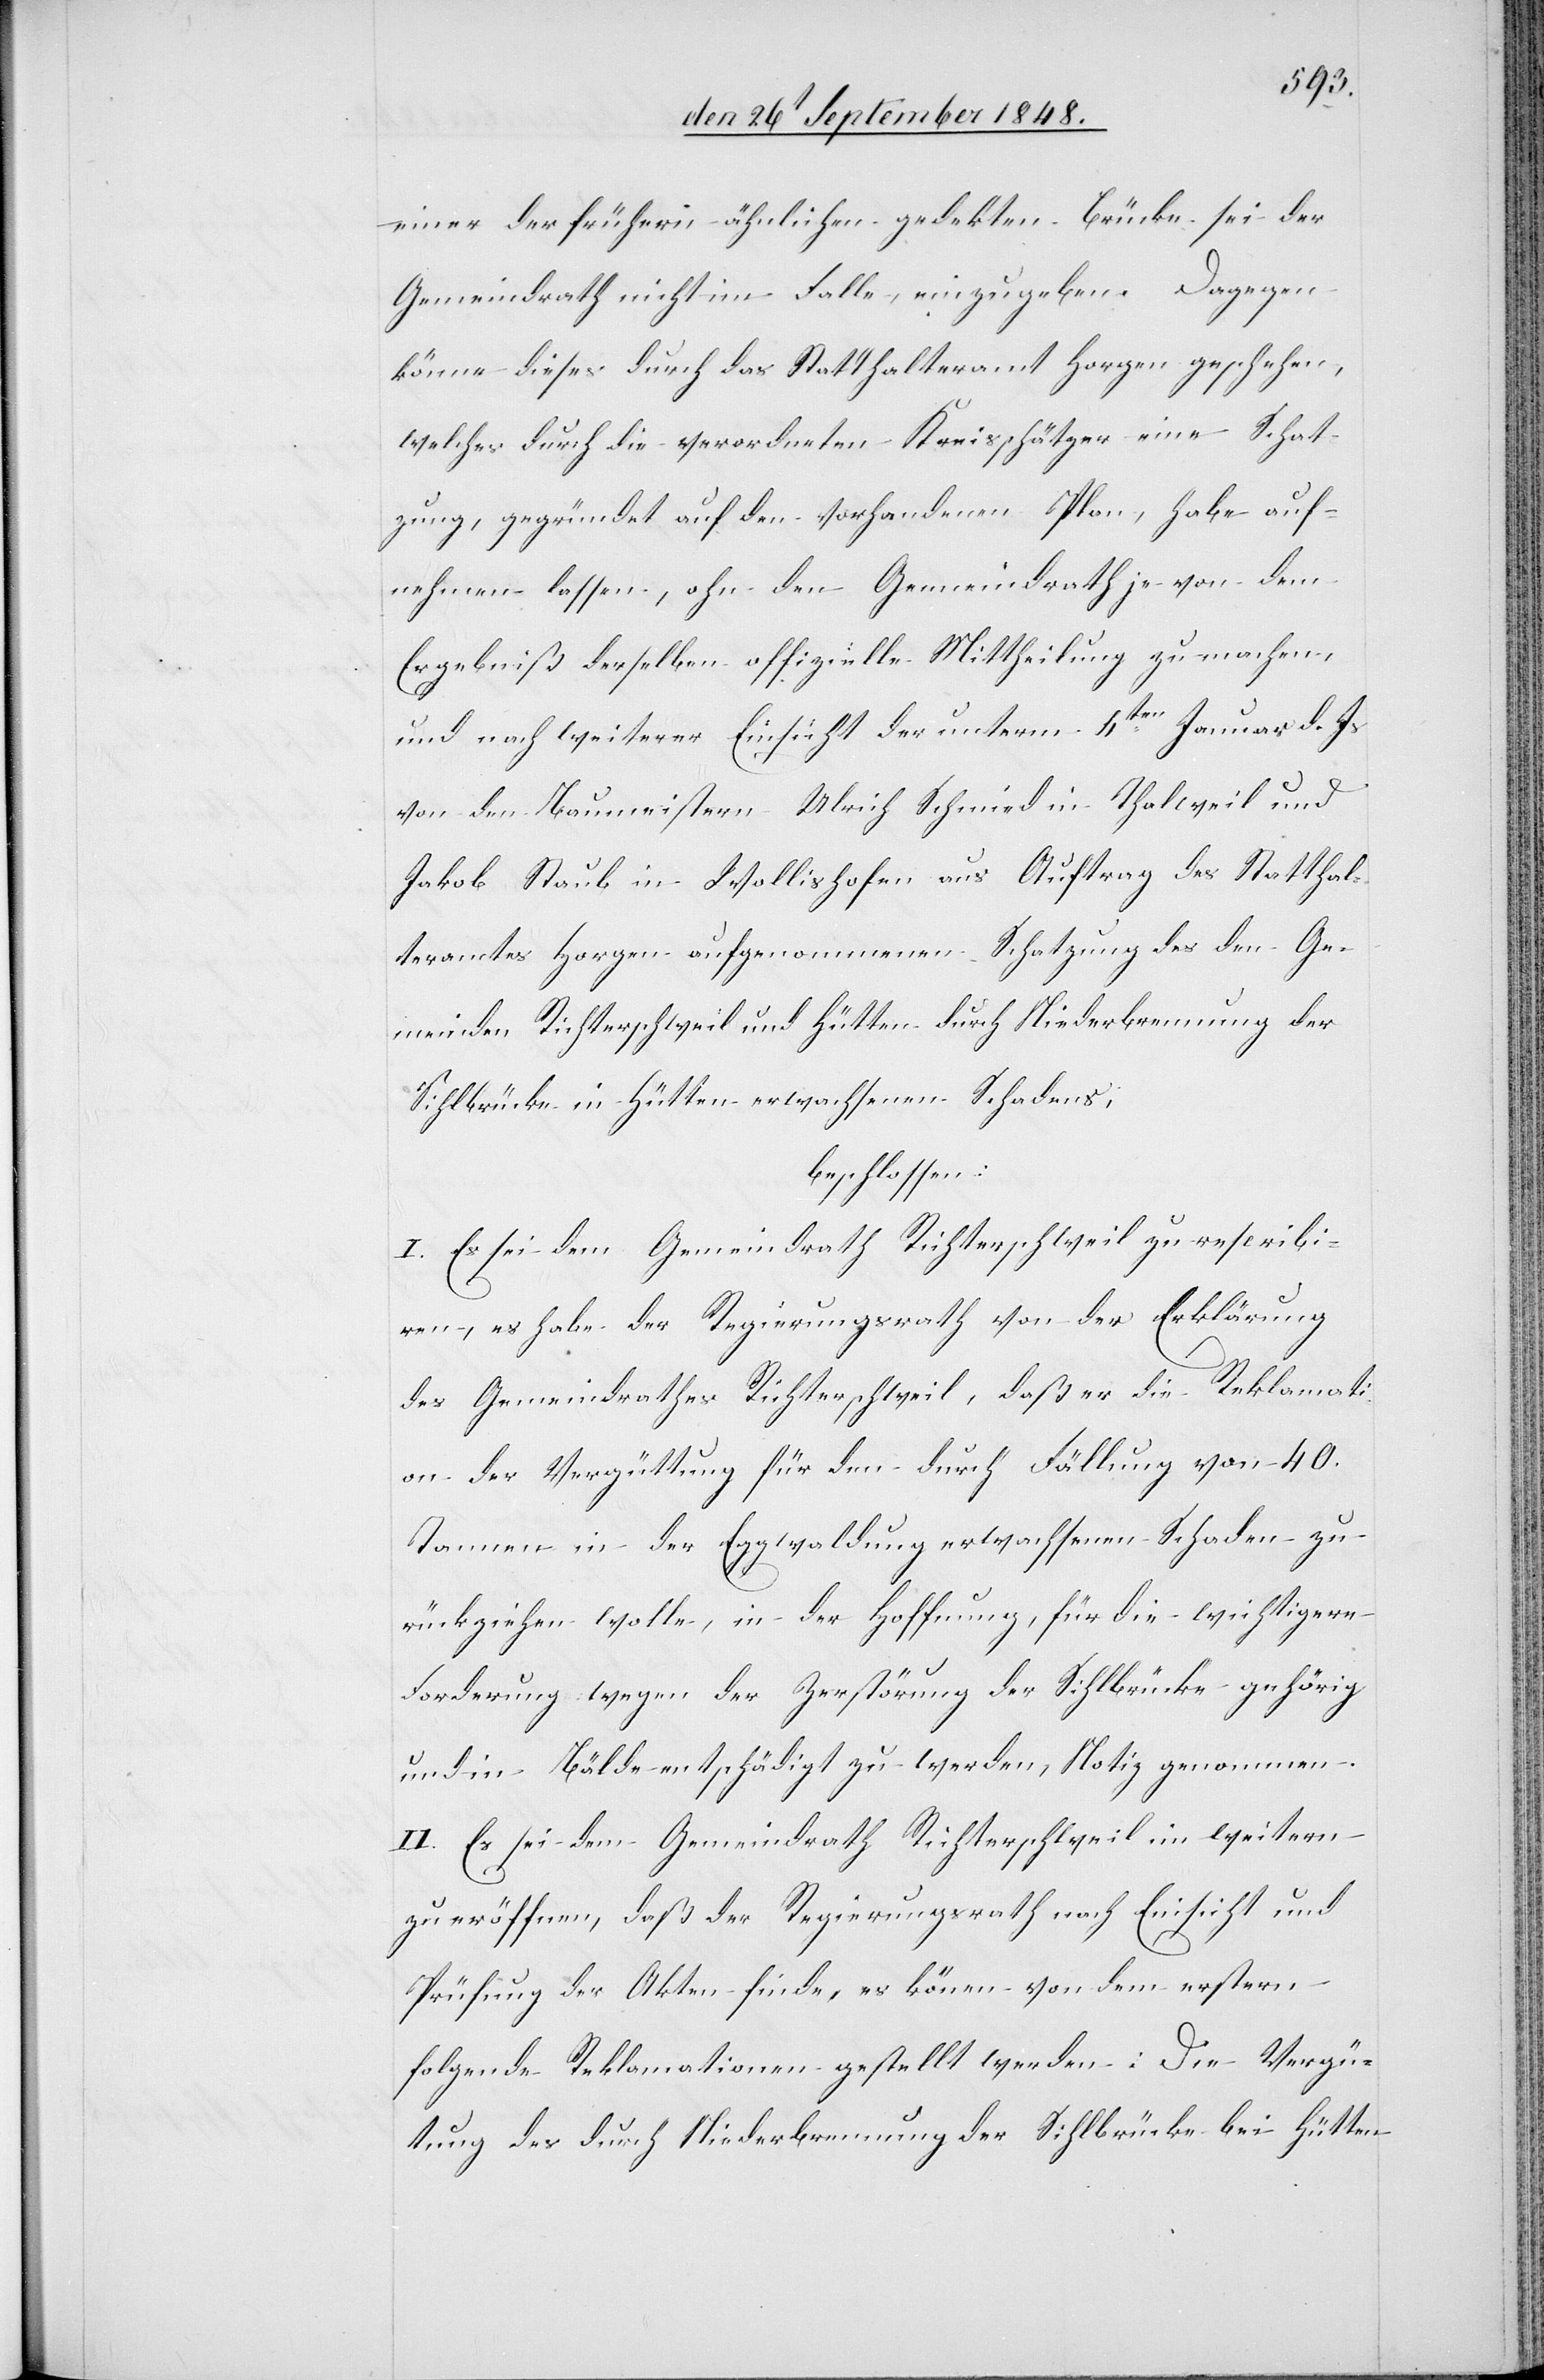
einer der frühern ähnlichen gedekten Brücke sei der
Gemeindrath nicht im Falle einzugeben. Dagegen
könne dieses durch das Statthalteramt Horgen geschehen,
welches durch die verordneten Kreisschätzer eine Schat¬
zung, gegründet auf den vorhandenen Plan, habe auf¬
nehmen lassen, ohne den Gemeindrath je von dem
Ergebniß derselben offizielle Mittheilung zu machen,
und nach weiterer Einsicht der unterm 4ten Januar d. Js.
von den Baumeistern Ulrich Schmied in Thalweil und
Jakob Staub in Wollishofen aus Auftrag des Statthal¬
teramtes Horgen aufgenommenen Schatzung des den Ge¬
meinden Richterschweil und Hütten durch Niederbrennung der
Silhbrücke in Hütten erwachsenen Schadens.
beschlossen:
I. Es sei dem Gemeindrath Richterschweil zu rescribi¬
ren, es habe der Regierungsrath von der Erklärung
des Gemeindrathes Richterschweil, daß er die Reklamati¬
on der Vergüttung für den durch Fällung von 40.
Tannen in der Eggwaldung erwachsenen Schaden zu¬
rückziehen wolle, in der Hoffnung, für die wichtigere
Forderung wegen der Zerstörung der Sihlbrücke gehörig
und in Bälde entschädigt zu werden, Notiz genommen.
II. Es sei dem Gemeindrath Richterschweil im weitern
zu eröffnen, daß der Regierungsrath nach Einsicht und
Prüfung der Akten finde, es können von dem erstern
folgende Reklamationen gestellt werden: Die Vergü¬
tung des durch Niederbrennung der Sihlbrücke bei Hütten